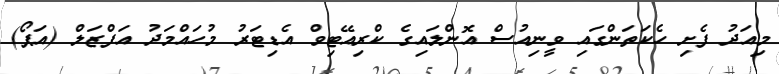
މިއަދު ފެށި ހެކަތަންގައި ވީނިއުސް އޮންލައިގެ ކްރިއޭޓިވް އެޑިޓަރު މުހައްމަދު އަފްޒަލް (އަޕޯ)